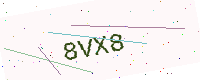
Text: 8VX8